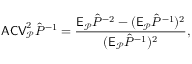
\mathsf { A C V } _ { \mathcal P } ^ { 2 } \hat { P } ^ { - 1 } = \frac { \mathsf E _ { \mathcal P } \hat { P } ^ { - 2 } - ( \mathsf E _ { \mathcal P } \hat { P } ^ { - 1 } ) ^ { 2 } } { ( \mathsf E _ { \mathcal P } \hat { P } ^ { - 1 } ) ^ { 2 } } ,